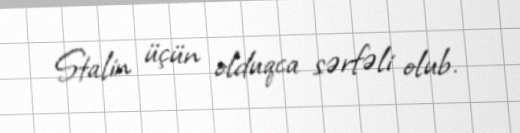
Stalin üçün olduqca sərfəli olub.